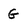
Character: G